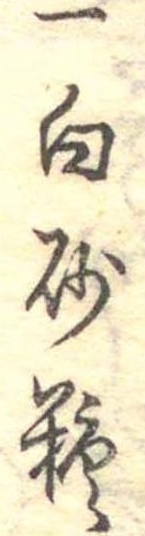
一白砂糖